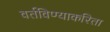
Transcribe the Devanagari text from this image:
वर्तविण्याकरिता